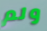
ولم